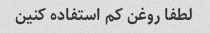
لطفا روغن کم استفاده کنین